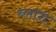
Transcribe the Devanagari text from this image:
ब्लाश